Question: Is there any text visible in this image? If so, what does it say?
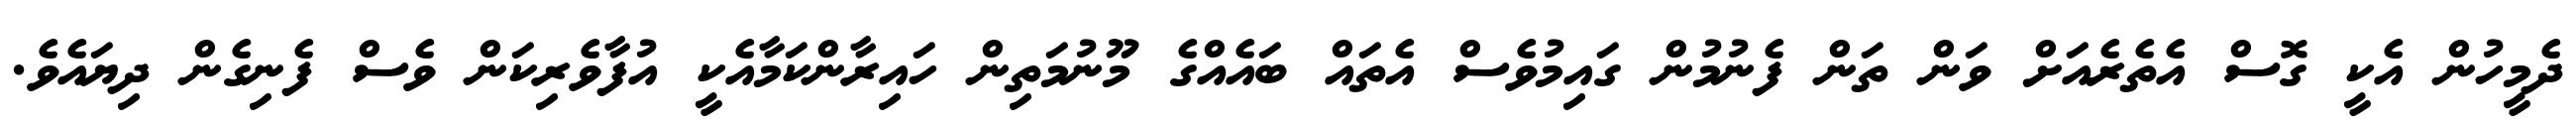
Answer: ދެމީހުން އެކީ ގޮސް އެތެރެއަށް ވަން ތަން ފެނުމުން ގައިމުވެސް އެތައް ބައެއްގެ މޫނުމަތިން ހައިރާންކަމާއެކީ އުފާވެރިކަން ވެސް ފެނިގެން ދިޔައެވެ.